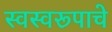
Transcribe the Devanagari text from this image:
स्वस्वरूपाचे